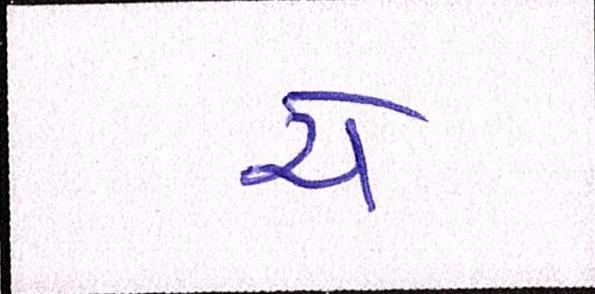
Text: ચે